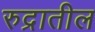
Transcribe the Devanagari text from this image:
रुद्रातील